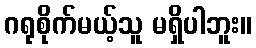
ဂရုစိုက်မယ့်သူ မရှိပါဘူး။